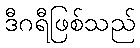
ဒီဂရီဖြစ်သည်